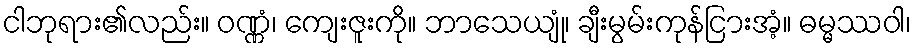
ငါဘုရား၏လည်း။ ဝဏ္ဏံ၊ ကျေးဇူးကို။ ဘာသေယျုံ၊ ချီးမွမ်းကုန်ငြားအံ့။ ဓမ္မဿဝါ၊